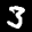
Label: 3